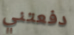
دفعتني